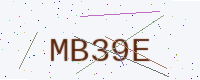
Text: MB39E